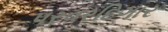
પરવરદિગાર